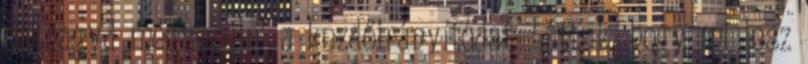
ne hagyd megsérülni a kezdőirányítódat. Láttuk, hogy mi lesz